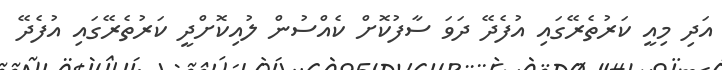
އަދި މިއީ ކަރުތެރޭގައި އުފެދޭ ދަވަ ސާފުކޮށް ކެއްސުން ލުއިކޮށްދީ ކަރުތެރޭގައި އުފެދޭ